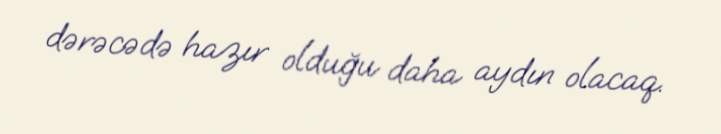
dərəcədə hazır olduğu daha aydın olacaq.